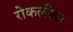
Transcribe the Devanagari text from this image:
रोकलीवर